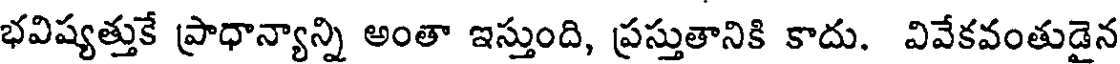
భవిష్యత్తుకే ప్రాధాన్యాన్ని అంతా ఇస్తుంది, ప్రస్తుతానికి కాదు. వివేకవంతుడైన